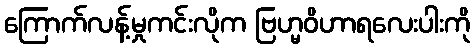
ကြောက်လန့်မှုကင်းလိုက ဗြဟ္မဝိဟာရလေးပါးကို